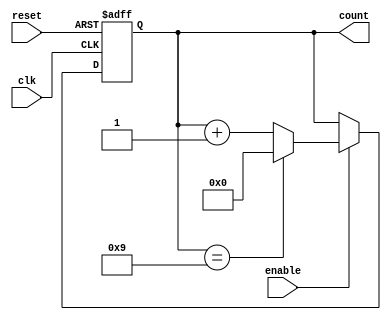
module modulus_counter #(
    parameter N = 4,            // Number of bits for the counter (2^N >= MODULUS)
    parameter MODULUS = 10      // The modulus value for the counter
)(
    input wire clk,             // Clock signal
    input wire reset,           // Asynchronous reset signal
    input wire enable,          // Enable signal
    output reg [N-1:0] count    // N-bit output for the current count value
);

    // Ensure MODULUS fits within the N-bit counter
    initial begin
        if (MODULUS > (1 << N)) begin
            $error("MODULUS value exceeds maximum count range for given N.");
        end
    end

    // Sequential logic for counter operation
    always @(posedge clk or posedge reset) begin
        if (reset) begin
            count <= 0;           // Reset count to 0
        end else if (enable) begin
            if (count == MODULUS - 1) begin
                count <= 0;       // Wrap around to 0
            end else begin
                count <= count + 1; // Increment count
            end
        end
        // If enable is low, count keeps its value (no need for else clause)
    end

endmodule